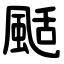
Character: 颳